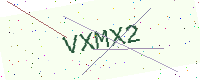
Text: VXMX2